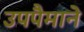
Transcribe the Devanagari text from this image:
उपपैमाने